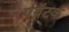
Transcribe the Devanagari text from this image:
पयॅटक